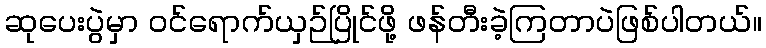
ဆုပေးပွဲမှာ ဝင်ရောက်ယှဉ်ပြိုင်ဖို့ ဖန်တီးခဲ့ကြတာပဲဖြစ်ပါတယ်။